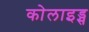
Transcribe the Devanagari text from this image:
कोलाइड्स